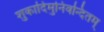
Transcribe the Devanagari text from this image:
शुकादिमुनिवन्दितम्